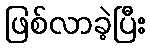
ဖြစ်လာခဲ့ပြီး